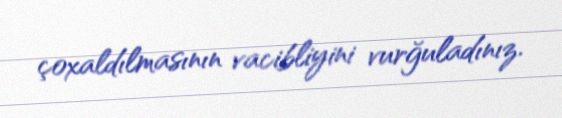
çoxaldılmasının vacibliyini vurğuladınız.